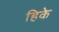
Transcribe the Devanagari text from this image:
हिके